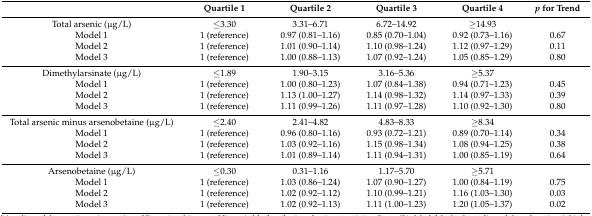
<table><thead><tr><td>[EMPTY_CELL]</td><td><b>Quartile 1</b></td><td><b>Quartile 2</b></td><td><b>Quartile 3</b></td><td><b>Quartile 4</b></td><td><b><i>p</i> for Trend</b></td></tr></thead><tbody><tr><td>Total arsenic (μg/L)</td><td>≤3.30</td><td>3.31–6.71</td><td>6.72–14.92</td><td>≥14.93</td><td>[EMPTY_CELL]</td></tr><tr><td>Model 1</td><td>1 (reference)</td><td>0.97 (0.81–1.16)</td><td>0.85 (0.70–1.04)</td><td>0.92 (0.73–1.16)</td><td>0.67</td></tr><tr><td>Model 2</td><td>1 (reference)</td><td>1.01 (0.90–1.14)</td><td>1.10 (0.98–1.24)</td><td>1.12 (0.97–1.29)</td><td>0.11</td></tr><tr><td>Model 3</td><td>1 (reference)</td><td>1.00 (0.88–1.13)</td><td>1.07 (0.92–1.24)</td><td>1.05 (0.85–1.29)</td><td>0.80</td></tr><tr><td>Dimethylarsinate (μg/L)</td><td>≤1.89</td><td>1.90–3.15</td><td>3.16–5.36</td><td>≥5.37</td><td>[EMPTY_CELL]</td></tr><tr><td>Model 1</td><td>1 (reference)</td><td>1.00 (0.80–1.23)</td><td>1.07 (0.84–1.38)</td><td>0.94 (0.71–1.23)</td><td>0.45</td></tr><tr><td>Model 2</td><td>1 (reference)</td><td>1.13 (1.00–1.27)</td><td>1.14 (0.98–1.32)</td><td>1.14 (0.97–1.33)</td><td>0.39</td></tr><tr><td>Model 3</td><td>1 (reference)</td><td>1.11 (0.99–1.26)</td><td>1.11 (0.97–1.28)</td><td>1.10 (0.92–1.30)</td><td>0.80</td></tr><tr><td>Total arsenic minus arsenobetaine (μg/L)</td><td>≤2.40</td><td>2.41–4.82</td><td>4.83–8.33</td><td>≥8.34</td><td>[EMPTY_CELL]</td></tr><tr><td>Model 1</td><td>1 (reference)</td><td>0.96 (0.80–1.16)</td><td>0.93 (0.72–1.21)</td><td>0.89 (0.70–1.14)</td><td>0.34</td></tr><tr><td>Model 2</td><td>1 (reference)</td><td>1.03 (0.92–1.16)</td><td>1.15 (0.98–1.34)</td><td>1.08 (0.94–1.25)</td><td>0.38</td></tr><tr><td>Model 3</td><td>1 (reference)</td><td>1.01 (0.89–1.14)</td><td>1.11 (0.94–1.31)</td><td>1.00 (0.85–1.19)</td><td>0.64</td></tr><tr><td>Arsenobetaine (μg/L)</td><td>≤0.30</td><td>0.31–1.16</td><td>1.17–5.70</td><td>≥5.71</td><td>[EMPTY_CELL]</td></tr><tr><td>Model 1</td><td>1 (reference)</td><td>1.03 (0.86–1.24)</td><td>1.07 (0.90–1.27)</td><td>1.00 (0.84–1.19)</td><td>0.75</td></tr><tr><td>Model 2</td><td>1 (reference)</td><td>1.02 (0.92–1.12)</td><td>1.10 (0.99–1.21)</td><td>1.16 (1.03–1.30)</td><td>0.03</td></tr><tr><td>Model 3</td><td>1 (reference)</td><td>1.02 (0.92–1.13)</td><td>1.11 (1.00–1.23)</td><td>1.20 (1.05–1.37)</td><td>0.02</td></tr></tbody></table>